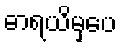
ဓာရယိမှပေ